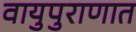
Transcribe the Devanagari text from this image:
वायुपुराणात